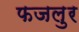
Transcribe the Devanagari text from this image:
फजलुर